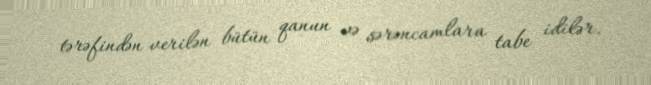
tərəfindən verilən bütün qanun və sərəncamlara tabe idilər.